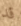
قد